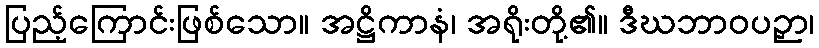
ပြည့်ကြောင်းဖြစ်သော။ အဋ္ဌိကာနံ၊ အရိုးတို့၏။ ဒီဃဘာဝပဉှာ၊